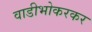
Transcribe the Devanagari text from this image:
वाडीभोकरकर